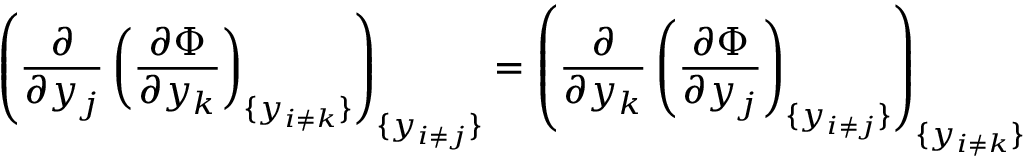
\left( { \frac { \partial } { \partial y _ { j } } } \left( { \frac { \partial \Phi } { \partial y _ { k } } } \right) _ { \{ y _ { i \neq k } \} } \right) _ { \{ y _ { i \neq j } \} } = \left( { \frac { \partial } { \partial y _ { k } } } \left( { \frac { \partial \Phi } { \partial y _ { j } } } \right) _ { \{ y _ { i \neq j } \} } \right) _ { \{ y _ { i \neq k } \} }